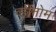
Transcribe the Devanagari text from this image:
व्हीनोम